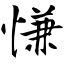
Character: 慊